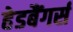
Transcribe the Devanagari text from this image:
हेडबैंगर्स